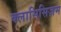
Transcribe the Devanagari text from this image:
क्लासिसिज़म